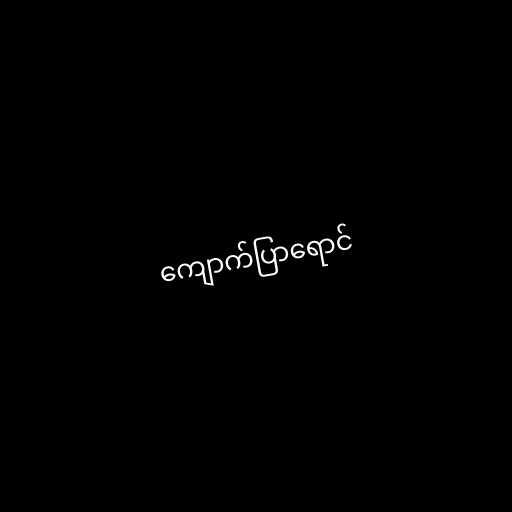
ကျောက်ပြာရောင်